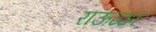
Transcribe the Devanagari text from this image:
राऊळ।